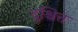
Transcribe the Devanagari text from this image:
दुश्चित्त